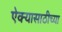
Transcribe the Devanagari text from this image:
ऐक्यासाठीच्या